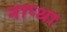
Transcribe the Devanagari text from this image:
नाप्था